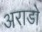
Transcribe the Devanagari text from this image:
अराडो